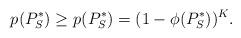
LaTeX: \begin{align*}p_{}(P_S^*) \geq p_{}^{}(P_S^*) = (1-\phi(P_S^*))^K.\end{align*}